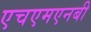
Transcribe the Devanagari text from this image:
एचएमएनबी